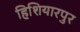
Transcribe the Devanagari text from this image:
हिशियारपुर